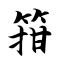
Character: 箝